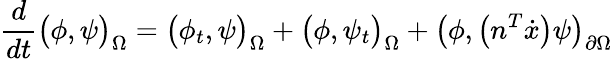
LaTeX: \frac{d}{dt}\big(\phi,\psi\big)_{\Omega}=\big(\phi_{t},\psi\big)_{\Omega}+\big(\phi,\psi_{t}\big)_{\Omega}+\big(\phi,\big(n^{T}\dot{x}\big)\psi\big)_{\partial\Omega}